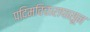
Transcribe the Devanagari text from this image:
पदिमविचारापासून